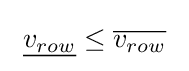
\ {\underline {v_{row}}}\leq {\overline {v_{row}}}\